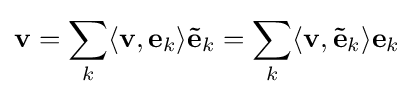
\mathbf {v} =\sum _{k}\langle \mathbf {v} ,\mathbf {e} _{k}\rangle \mathbf {\tilde {e}} _{k}=\sum _{k}\langle \mathbf {v} ,\mathbf {\tilde {e}} _{k}\rangle \mathbf {e} _{k}